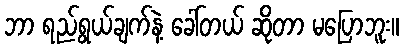
ဘာ ရည်ရွယ်ချက်နဲ့ ခေါ်တယ် ဆိုတာ မပြောဘူး။